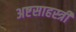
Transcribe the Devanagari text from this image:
अष्टसाहस्त्री